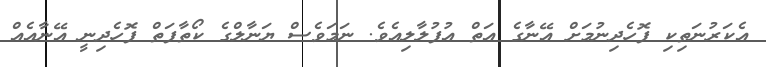
އެކަރުނަތިކި ފޮހެދިނުމަށް އޭނާގެ އަތް އުފުލާލިއެވެ. ނަމަވެސް ޔަނާލްގެ ކޯތާފަތް ފޮހެދިނީ އޭނާއެއް